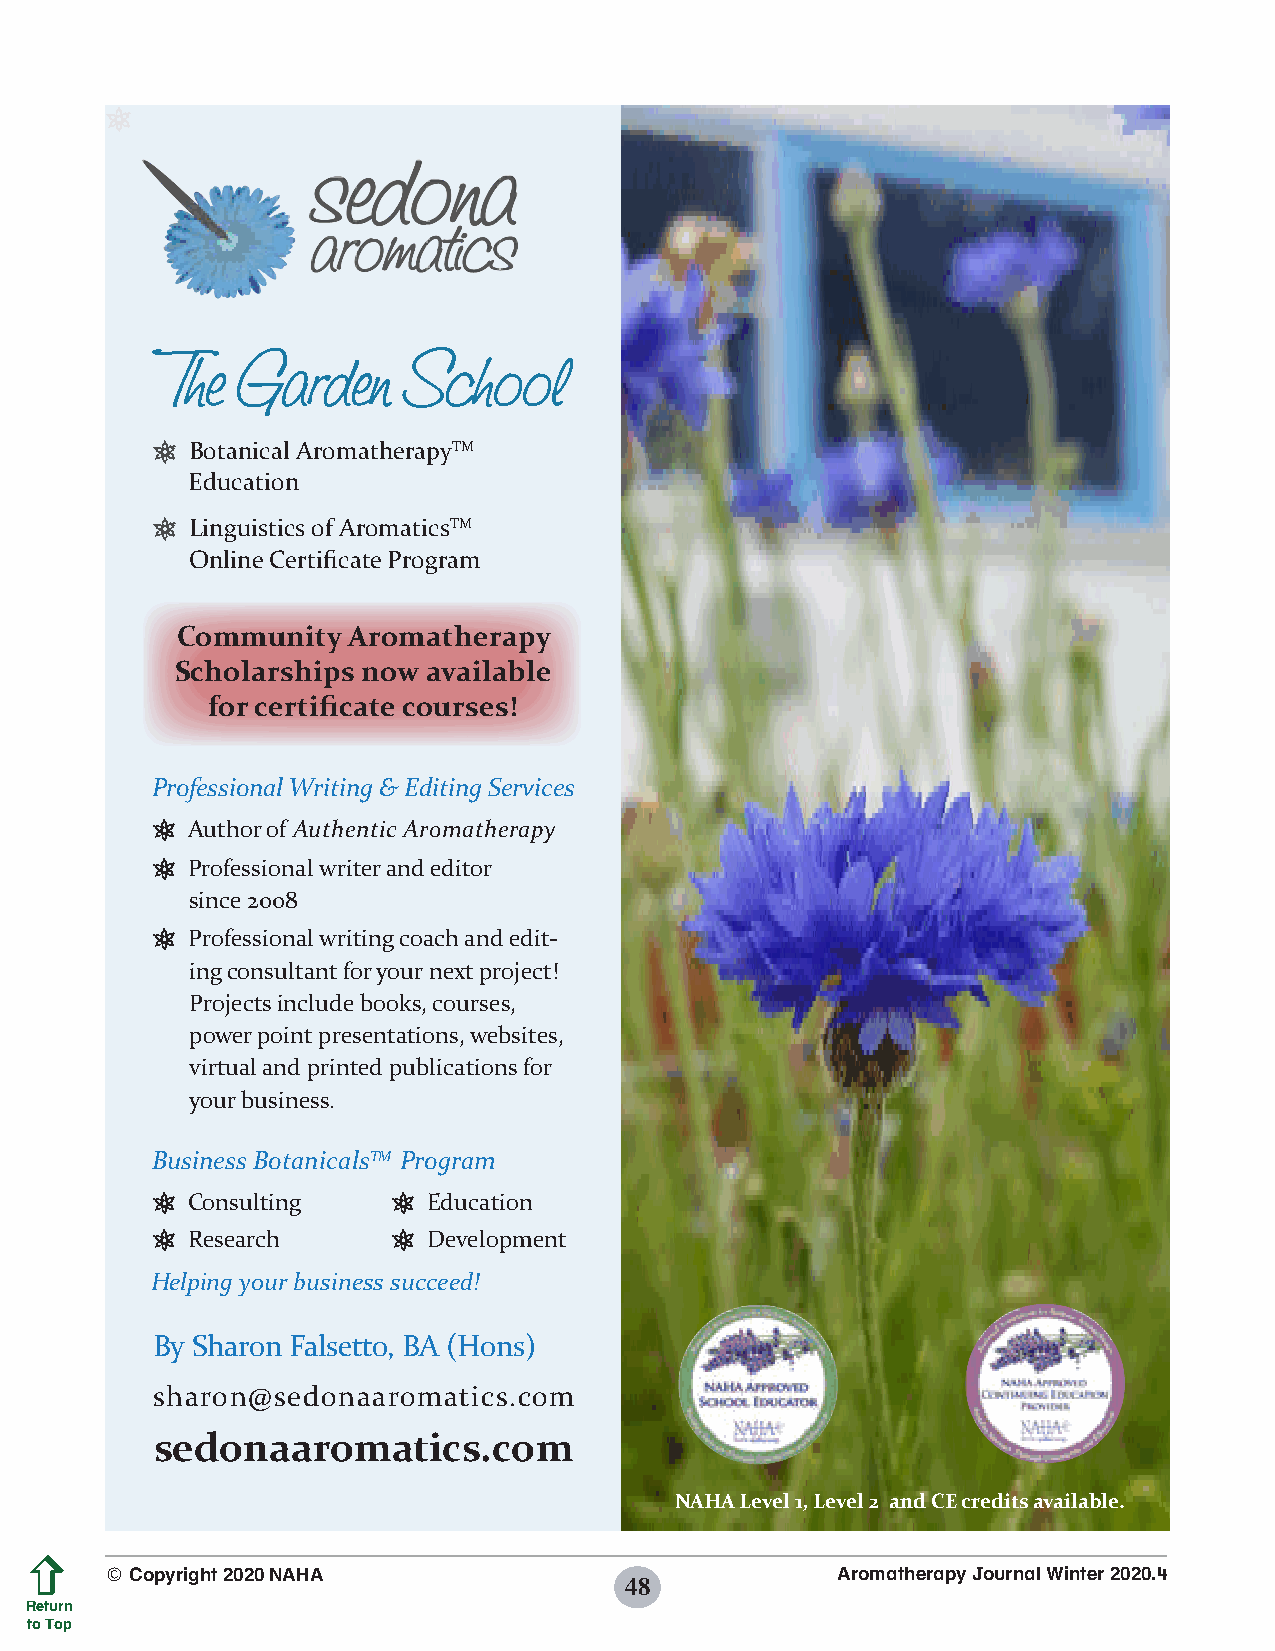
1
 1  Botanical AromatherapyTM
 Education
 1  Linguistics of AromaticsTM
 Online Certificate Program
 Community  Aromatherapy
 Scholarships now available
 for certificate courses!
 Professional Writing & Editing Services
 1 Author of Authentic Aromatherapy
 1 Professional writer and editor
 since 2008
 1 Professional writing coach and edit-
 ing consultant for your next project!
 Projects include books, courses,
 power point presentations, websites,
 virtual and printed publications for
 your business.
 Business BotanicalsTM Program
 1 Consulting    1 Education
 1 Research      1 Development
 Helping your business succeed!
 By Sharon Falsetto, BA (Hons)
 sharon@sedonaaromatics.com
 sedonaaromatics.com
 NNAAHHAA LLeevveell 11,, LLeevveell 22 aanndd CCEE ccrreeddiittss aavvaaiillaabbllee..
 © Copyright 2020 NAHA                           Aromatherapy Journal Winter 2020.4
 48
 Return
 to Top
 